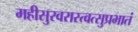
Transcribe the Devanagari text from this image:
महीसुरवरास्त्वत्सुप्रभातं